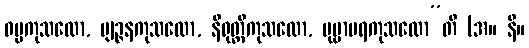
ဓမ္မကုသလော, ဗျဉ္ဇနကုသလော, နိရုတ္တိကုသလော, ပုဗ္ဗာပရကုသလော”တိ (အ။ နိ။